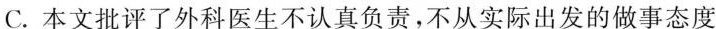
C.本文批评了外科医生不认真负责，不从实际出发的做事态度